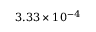
3 . 3 3 \times 1 0 ^ { - 4 }